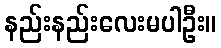
နည်းနည်းလေးမပါဦး။